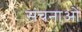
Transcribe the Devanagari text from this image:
संचनाओं